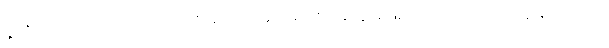
နိုင်ငံတကာကျင့်ဝတ်ထုံးတမ်းကို မသိတဲ့ အရိုင်းအစိုင်းတွေအဖြစ် အင်္ဂလိပ်ဘက်က ရှုမြင်ကြောင်း